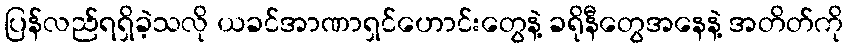
ပြန်လည်ရရှိခဲ့သလို ယခင်အာဏာရှင်ဟောင်းတွေနဲ့ ခရိုနီတွေအနေနဲ့ အတိတ်ကို